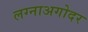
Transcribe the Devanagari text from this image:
लग्नाअगोदर